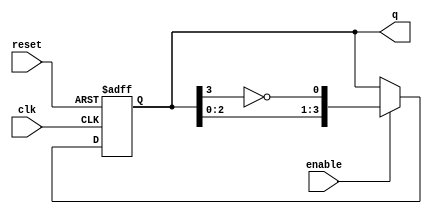
module johnson_counter (
    input wire clk,        // Clock input
    input wire enable,     // Enable signal
    input wire reset,      // Reset signal
    output reg [N-1:0] q   // Output state of the counter
);
    parameter N = 4;       // Number of flip-flops (adjust as needed)

    // Asynchronous reset and enable logic
    always @(posedge clk or posedge reset) begin
        if (reset) begin
            q <= 0;        // Initialize to 0 on reset
        end else if (enable) begin
            // Johnson counter logic
            q <= {q[N-2:0], ~q[N-1]}; // Shift left and invert the last bit
        end
    end
endmodule